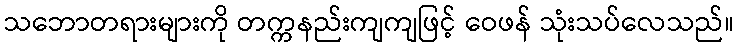
သဘောတရားများကို တက္ကနည်းကျကျဖြင့် ဝေဖန် သုံးသပ်လေသည်။